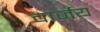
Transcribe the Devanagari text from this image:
चार्जय